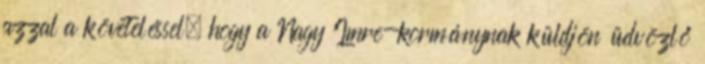
azzal a követeléssel, hogy a Nagy Imre-kormánynak küldjön üdvözlő